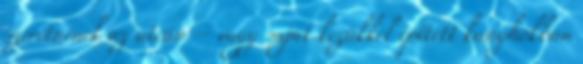
szeretnének az utcán – vagy saját kezükkel épített kunyhókban